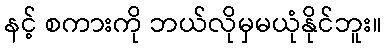
နင့် စကားကို ဘယ်လိုမှမယုံနိုင်ဘူး။